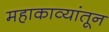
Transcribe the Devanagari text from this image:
महाकाव्यांतून